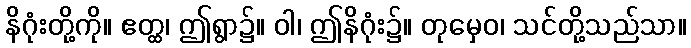
နိဂုံးတို့ကို။ ဧတ္ထ၊ ဤရွာ၌။ ဝါ၊ ဤနိဂုံး၌။ တုမှေဝ၊ သင်တို့သည်သာ။